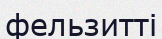
фельзитті